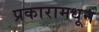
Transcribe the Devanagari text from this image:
प्रकारामधून